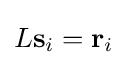
L\mathbf {s} _{i}=\mathbf {r} _{i}